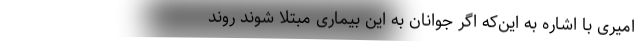
امیری با اشاره به این‌که اگر جوانان به این بیماری مبتلا شوند روند